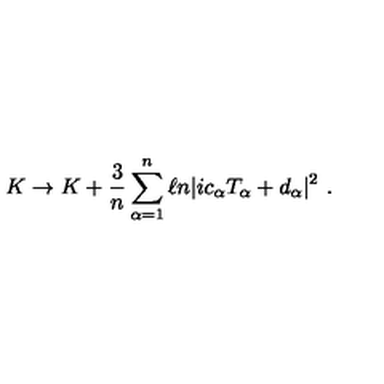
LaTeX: K \rightarrow K + { \frac { 3 } { n } } \sum _ { \alpha = 1 } ^ { n } \ell n | i c _ { \alpha } T _ { \alpha } + d _ { \alpha } | ^ { 2 } \ .